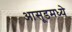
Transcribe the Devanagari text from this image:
आसूडमध्ये